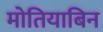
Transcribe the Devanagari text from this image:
मोतियाबिन